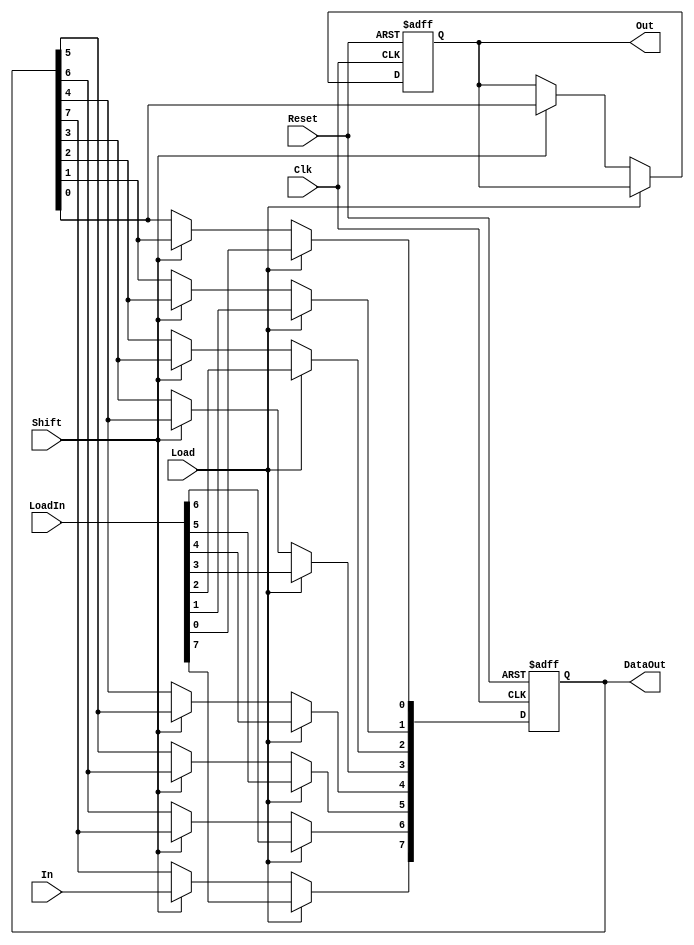
`timescale 1ns / 1ps
//////////////////////////////////////////////////////////////////////////////////
// Company: 
// Engineer: 
// 
// Design Name: 
// Module Name:    ShiftRegister 
// Project Name: 
// Target Devices: 
// Tool versions: 
// Description: 
//
// Dependencies: 
//
// Revision: 
// Revision 0.01 - File Created
// Additional Comments: 
//
//////////////////////////////////////////////////////////////////////////////////
module ShiftRegister(
    input In,
    output reg Out,
    input [7:0] LoadIn,
    output [7:0] DataOut,
    input Reset,
    input Clk,
    input Load,
	 input Shift
    );
	 
	 reg [7:0] data;
	 
	 /*always@(Reset)
	 begin
		data <= 0;
		Out <= 1'b0;
	end*/
	always @ (posedge Clk,posedge Reset)
	begin
		if(Reset)
		begin
			data <= 0;
			Out <= 0;
		end
		else if(Load) data <= LoadIn;
		else
		if(Shift)begin
			Out <= data[0];
			data[0] <= data[1];
			data[1] <= data[2];
			data[2] <= data[3];
			data[3] <= data[4];
			data[4] <= data[5];
			data[5] <= data[6];
			data[6] <= data[7];
			data[7] <= In;
		end
		//DataOut <= data;
	end
	assign DataOut = data;

endmodule